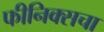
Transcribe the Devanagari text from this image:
फीनिक्सचा